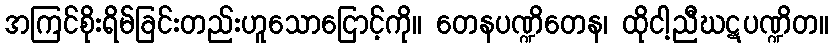
အကြင်စိုးရိမ်ခြင်းတည်းဟူသောငြောင့်ကို။ တေနပဏ္ဍိတေန၊ ထိုငါ့ညီဃဋပဏ္ဍိတ။